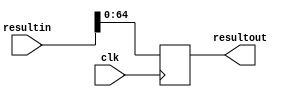
module bufferout(
  input         clk,
  input [127:0]  resultin,
  output reg [64:0] resultout
  );

  always @(posedge clk)
  begin
    resultout <= {resultout[63:0], resultin};
  end
endmodule